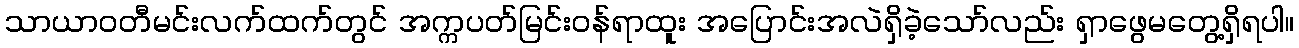
သာယာဝတီမင်းလက်ထက်တွင် အက္ကပတ်မြင်းဝန်ရာထူး အပြောင်းအလဲရှိခဲ့သော်လည်း ရှာဖွေမတွေ့ရှိရပါ။